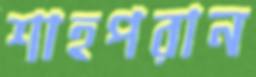
শাহপরান